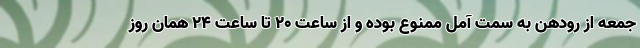
جمعه از رودهن به سمت آمل ممنوع بوده و از ساعت ۲۰ تا ساعت ۲۴ همان روز